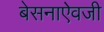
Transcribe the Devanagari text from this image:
बेसनाऐवजी